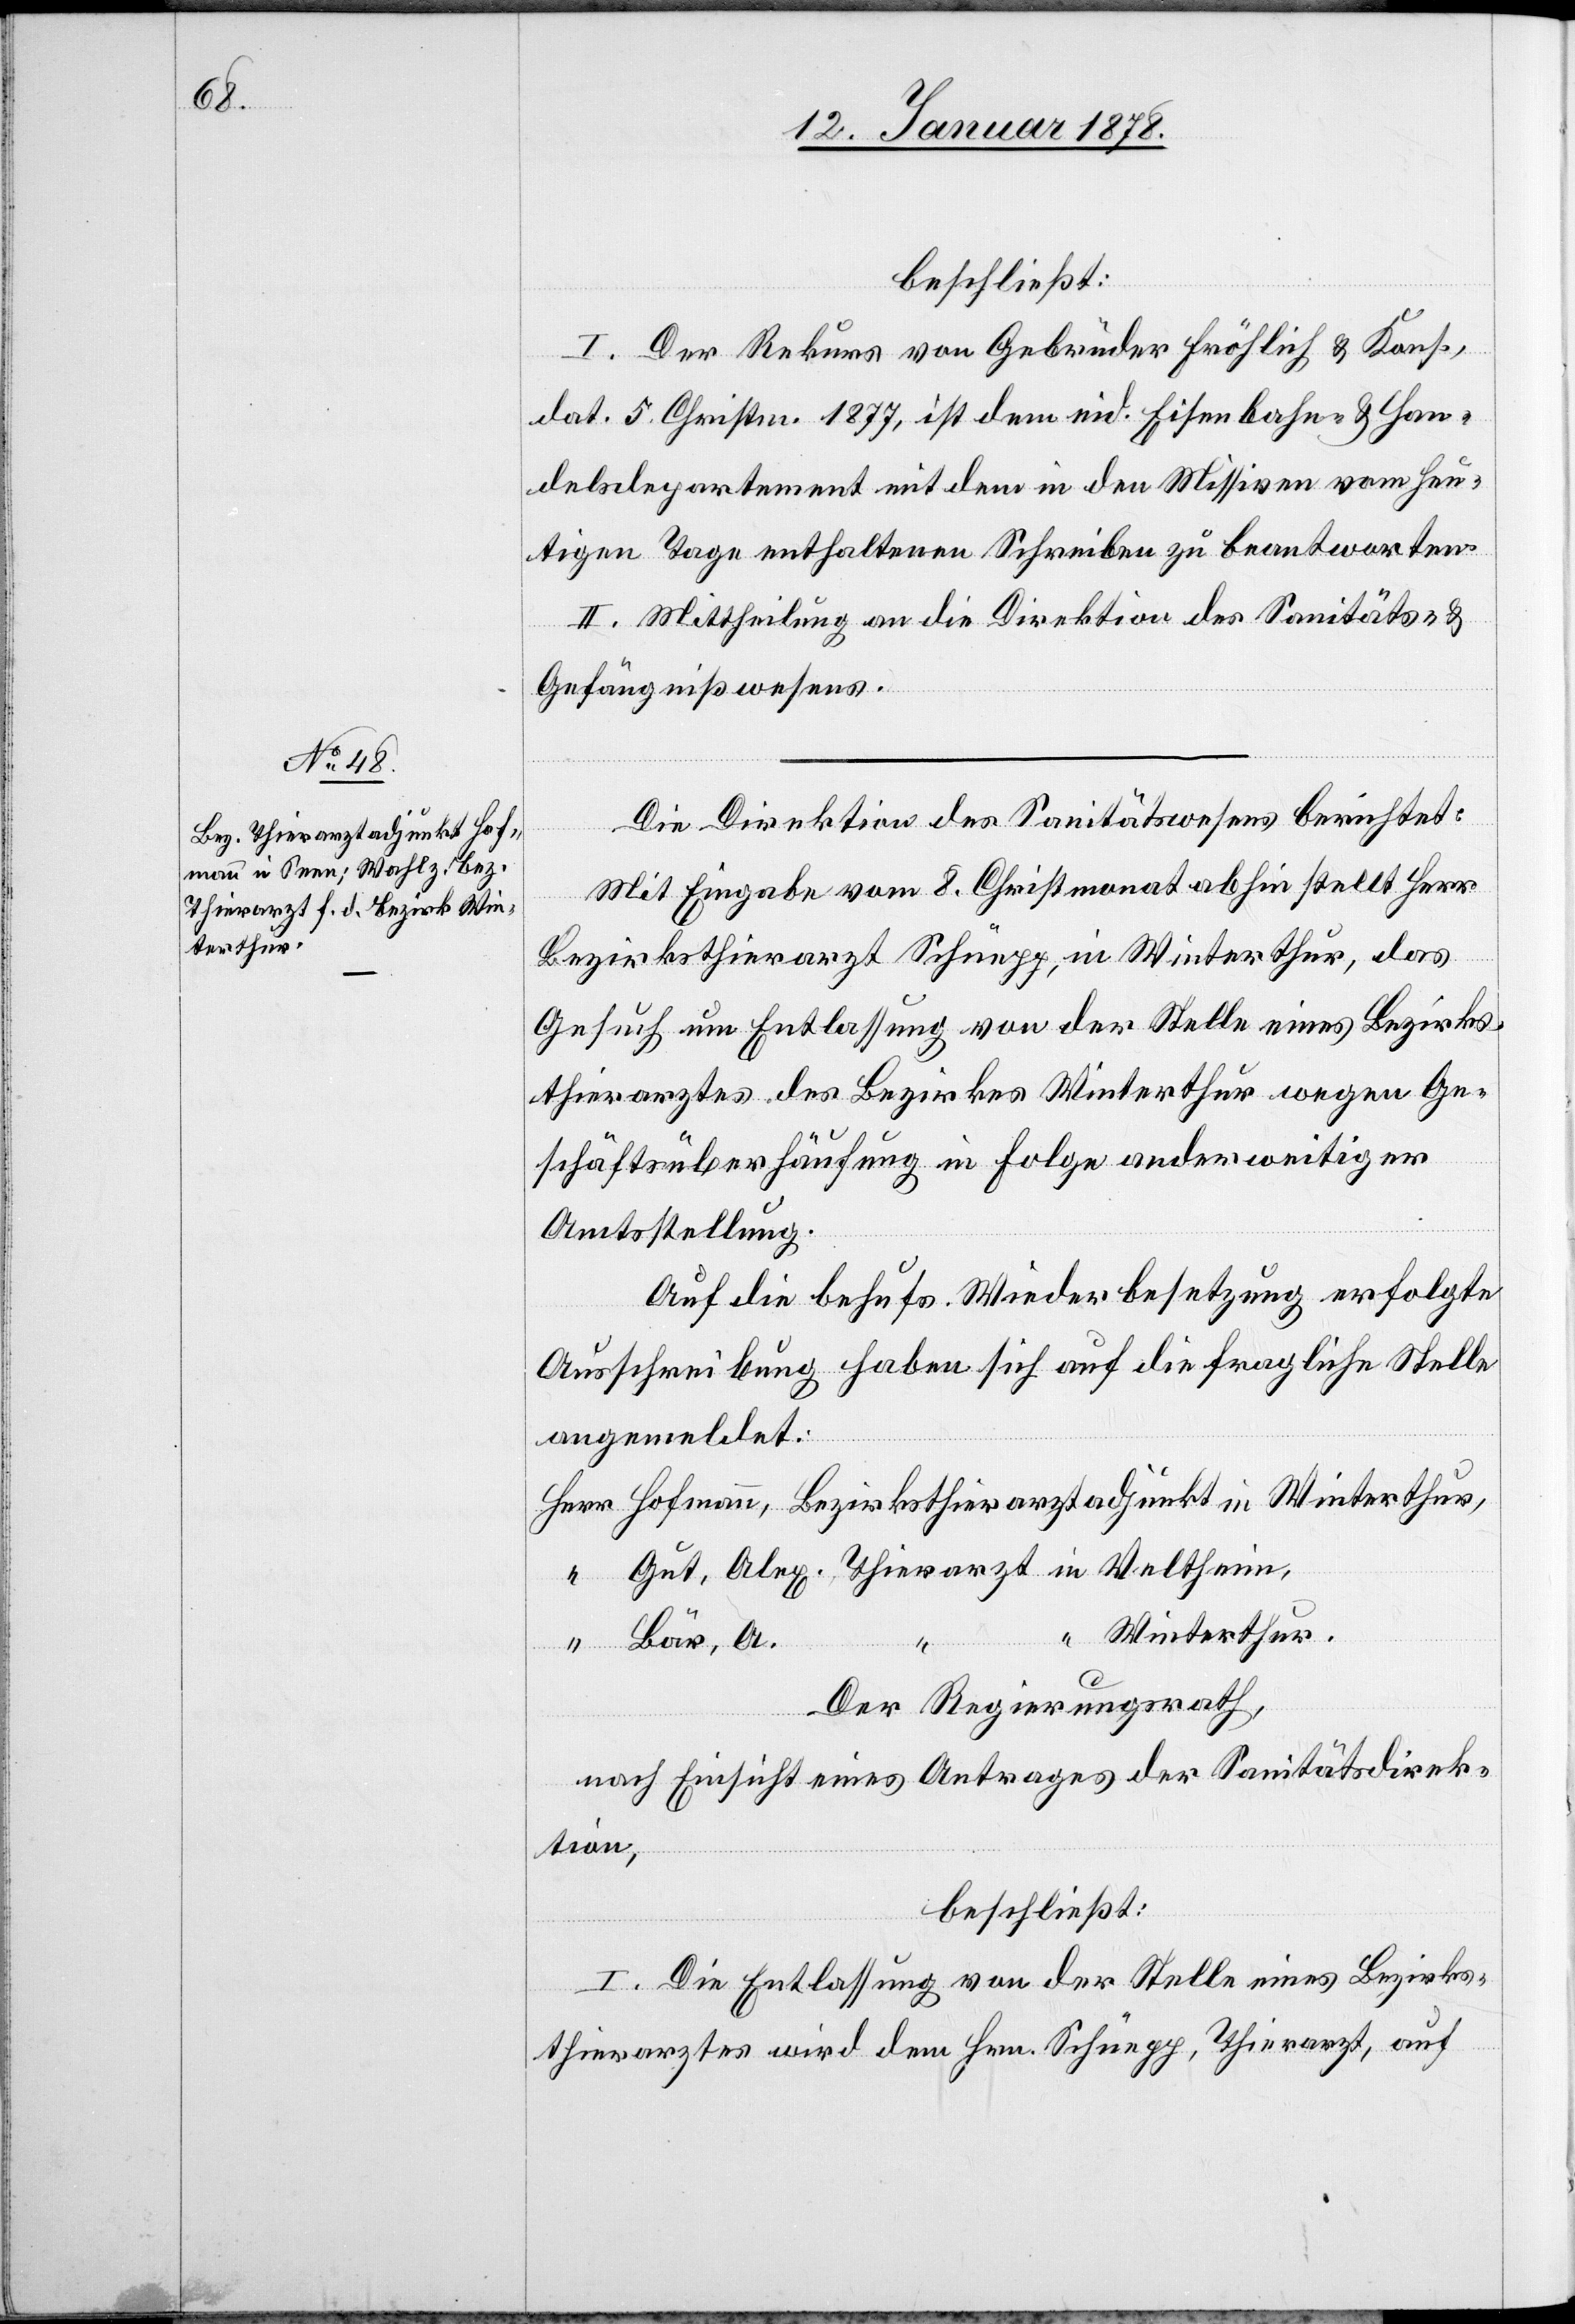
beschließt:
I. Der Rekurs von Gebrüder Fröhlich & Kons.,
dat. 5. Christm. 1877, ist dem eid. Eisenbahn- & Han¬
delsdepartement mit dem in den Missiven vom heu¬
tigen Tage enthaltenen Schreiben zu beantworten.
II. Mittheilung an die Direktion des Sanitäts- &
Gefängnißwesens.
Die Direktion des Sanitätswesens berichtet:
Mit Eingabe vom 8. Christmonat abhin stellt Herr
Bezirksthierarzt Schüepp, in Winterthur, das
Gesuch um Entlassung von der Stelle eines Bezirks¬
thierarztes des Bezirkes Winterthur wegen Ge¬
schäftsüberhäufung in Folge anderweitiger
Amtsstellung.
Auf die behufs Wiederbesetzung erfolgte
Ausschreibung haben sich auf die fragliche Stelle
angemeldet:
Herr Hofmann, Bezirksthierarztadjunkt in Winterthur,
“ Gut, Alex. Thierarzt in Veltheim,
“ Winterthur.
“ Bär, A.
“
Der Regierungsrath,
nach Einsicht eines Antrages der Sanitätsdirek¬
tion,
beschließt:
I. Die Entlassung von der Stelle eines Bezirks¬
thierarztes wird dem Hrn. Schüepp, Thierarzt, auf